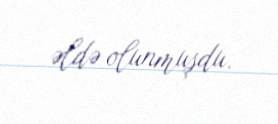
əldə olunmuşdu.